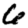
Digit: 6